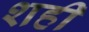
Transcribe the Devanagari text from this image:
शही